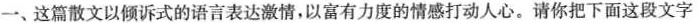
一、这篇散文以倾诉式的语言表达激情，以富有力度的情感打动人心。请你把下面这段文字